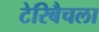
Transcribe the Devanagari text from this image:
टेरिबैचला